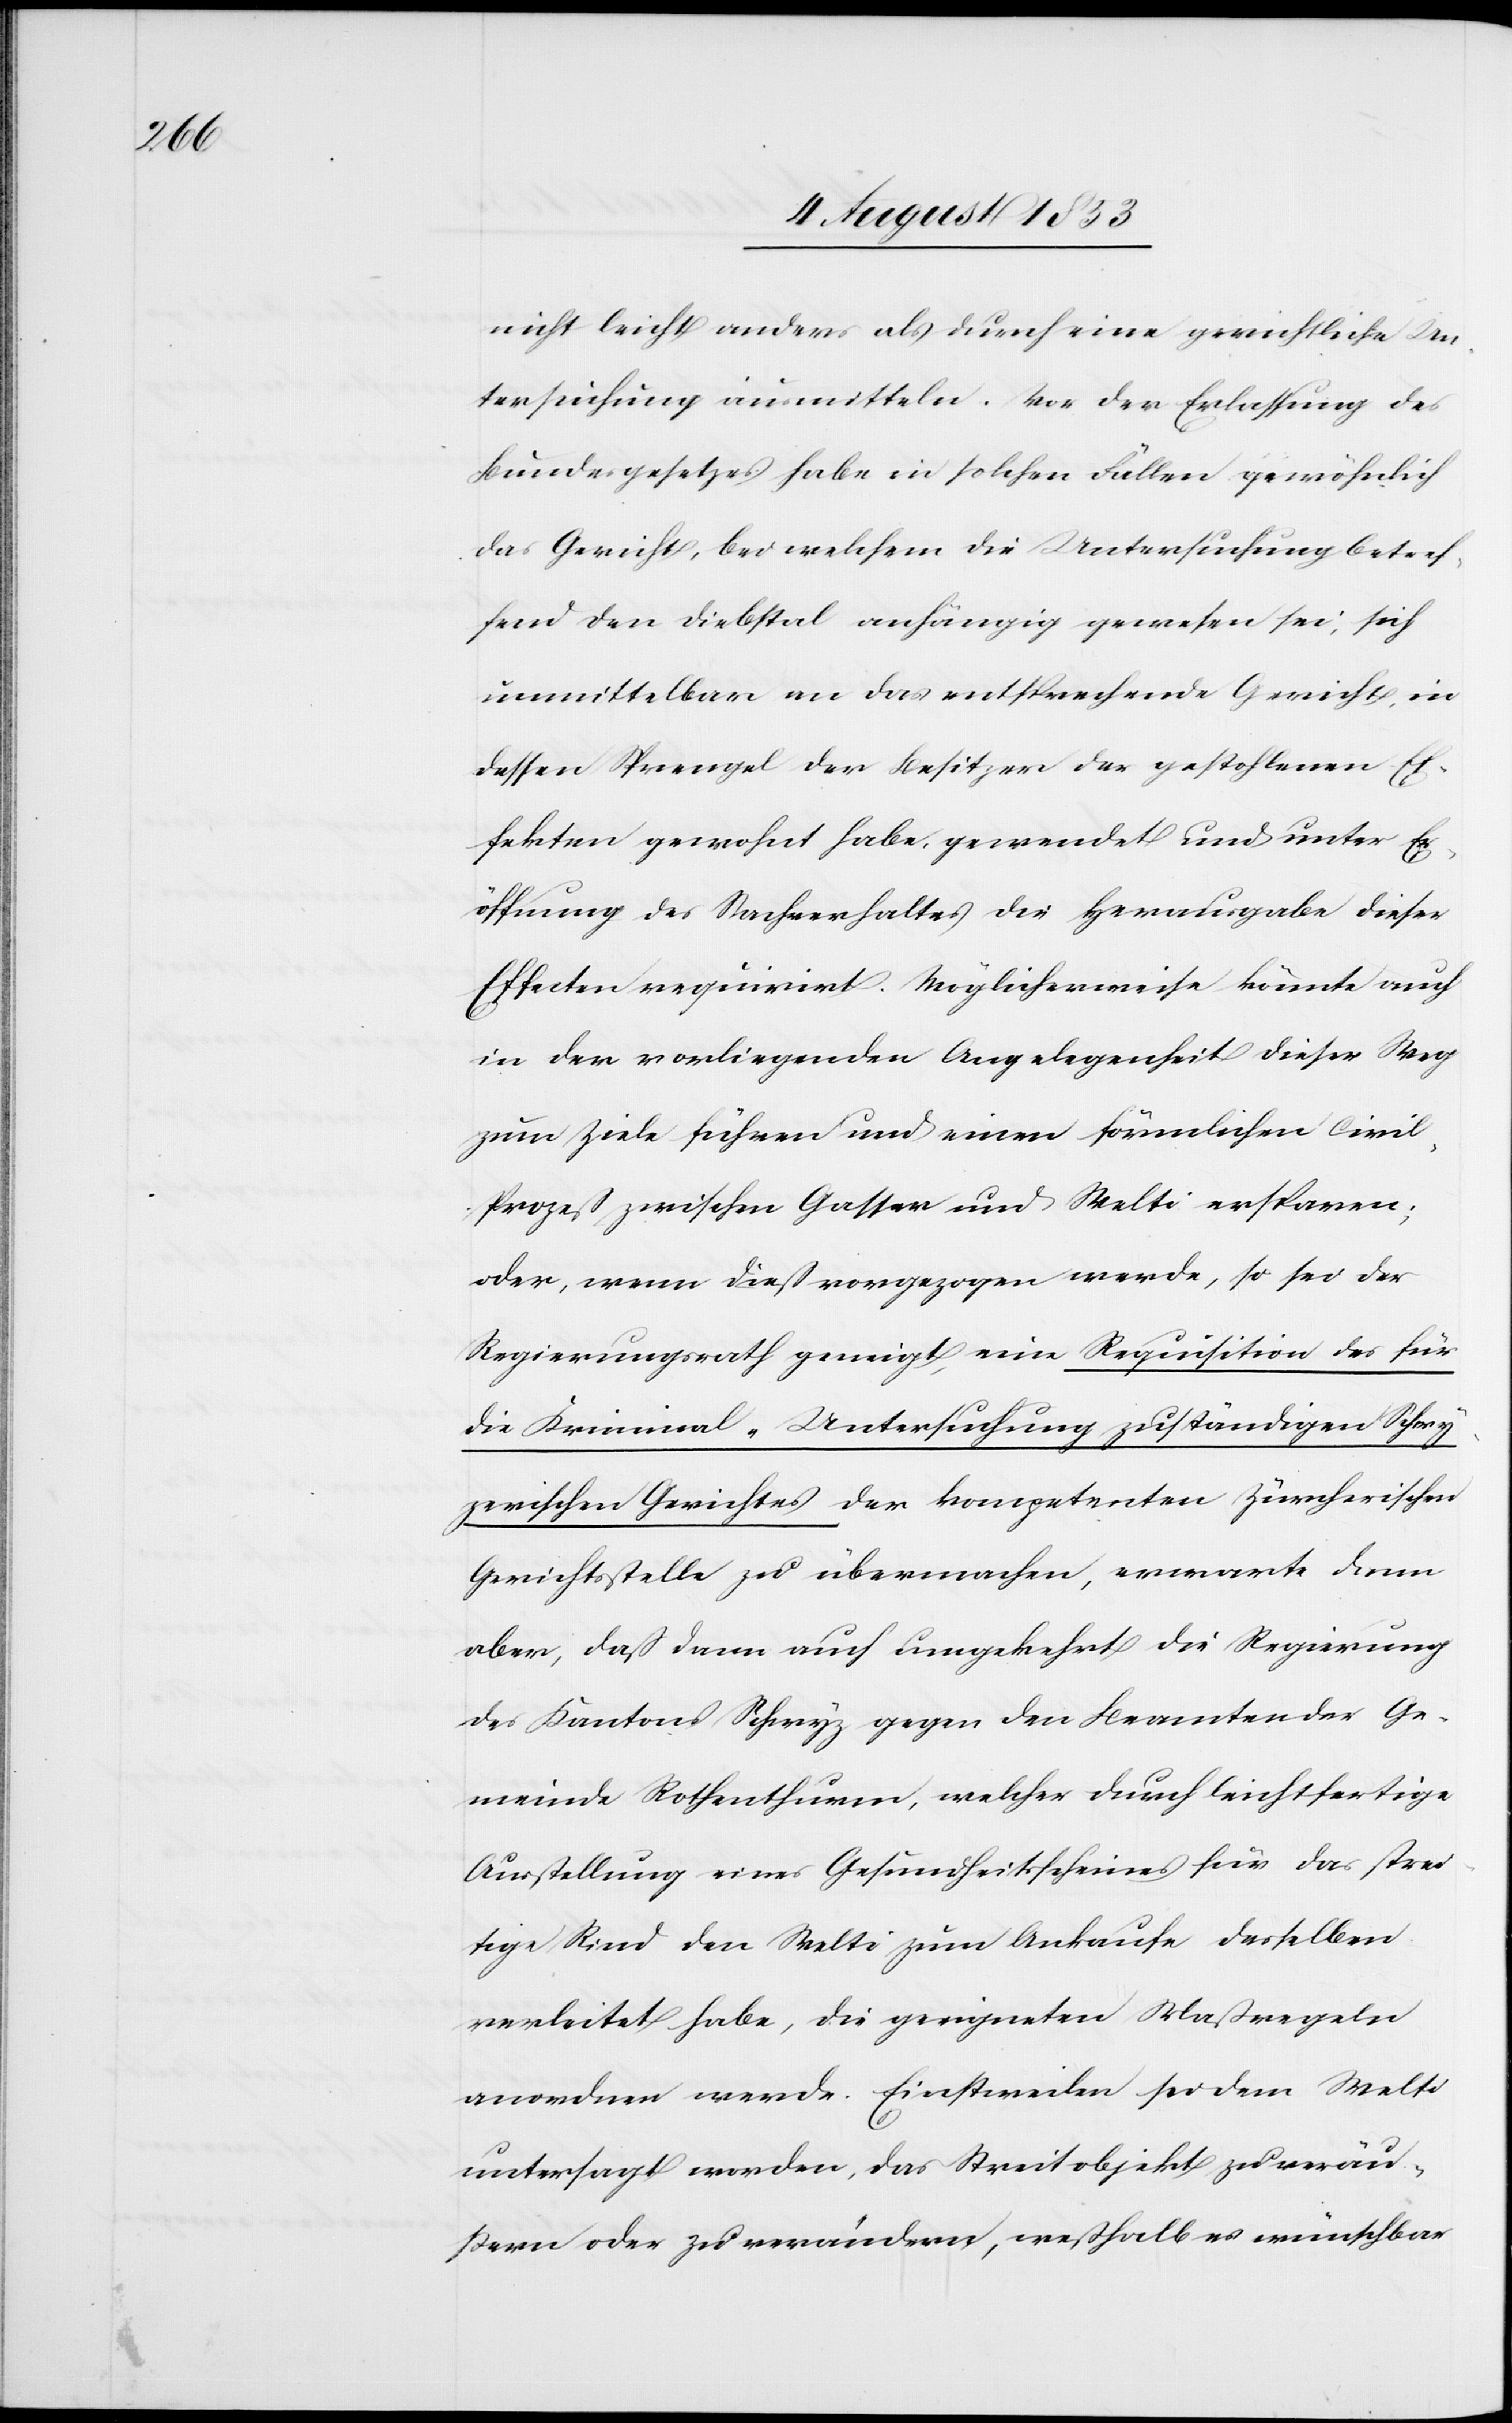
nicht leicht anders als durch eine gerichtliche Un¬
tersuchung ausmitteln. Vor der Erlassung des
Bundesgesetzes habe in solchen Fällen gewöhnlich
das Gericht, bei welchem die Untersuchung betref¬
fend den Diebstal anhängig gewesen sei, sich
unmittelbar an das entsprechende Gericht, in
dessen Sprengel der Besitzer der gestohlenen Ef¬
fekten gewohnt habe, gewendet und unter Er¬
öffnung des Sachverhaltes die Herausgabe dieser
Effekten requirirt. Möglicherweise könnte auch
in der vorliegenden Angelegenheit dieser Weg
zum Ziele führen und einen förmlichen Civi¬
l-Prozeß zwischen Gasser und Welti ersparen;
aber, wenn dieß vorgezogen werde, so sei der
Regierungsrath geneigt, eine Requisition des für
die Kriminal-Untersuchung zuständigen Schwy¬
zerischen Gerichtes der kompetenten Zürcherischen
Gerichtsstelle zu übermachen, erwarte dann
aber, daß dann auch umgekehrt die Regierung
des Kantons Schwyz gegen den Beamteten der Ge¬
meinde Rothenthurm, welcher durch leichtfertige
Ausstellung eines Gesundheitsscheines für das strei¬
tige Rind den Welti zum Ankaufe desselben
verleitet habe, die geeigneten Maßregeln
anordnen werde. Einstweilen sei dem Welti
untersagt worden, das Streitobjekt zu veräu¬
ßern oder zu verändern, weßhalb es wünschbar